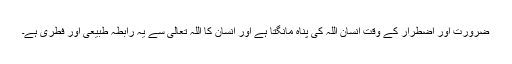
ضرورت اور اضطرار کے وقت انسان اللہ کی پناہ مانگتا ہے اور انسان کا اللہ تعالی سے یہ رابطہ طبیعی اور فطری ہے۔